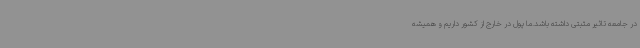
در جامعه تاثیر مثبتی داشته باشد.ما پول در خارج از کشور داریم و همیشه